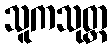
သူကသုတ္တ